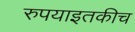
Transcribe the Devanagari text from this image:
रुपयाइतकीच